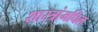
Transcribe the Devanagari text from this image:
शास्त्रांमधिल